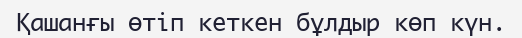
Қашанғы өтіп кеткен бұлдыр көп күн.